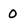
Character: O